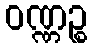
ဝဏ္ဏဉ္စ